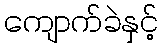
ကျောက်ခဲနှင့်